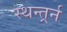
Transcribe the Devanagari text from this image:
स्थन्तर्र्न